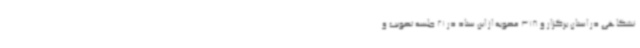
نشگاهی در استان برگزار و 318 مصوبه از این ستاد در 21 جلسه تصویب و